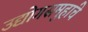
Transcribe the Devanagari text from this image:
उद्योगसमुहांचे